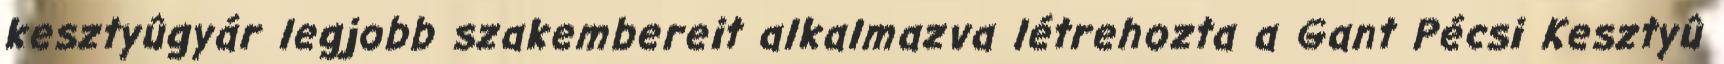
kesztyûgyár legjobb szakembereit alkalmazva létrehozta a Gant Pécsi Kesztyû